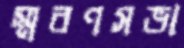
স্মরণসভা